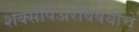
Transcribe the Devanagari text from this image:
शेक्सपिअरविषयीचे